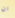
ان